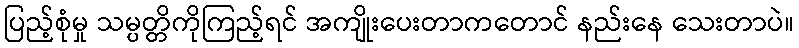
ပြည့်စုံမှု သမ္ပတ္တိကိုကြည့်ရင် အကျိုးပေးတာကတောင် နည်းနေ သေးတာပဲ။